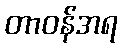
တာဝန်အရ